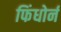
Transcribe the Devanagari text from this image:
फिंधोर्न